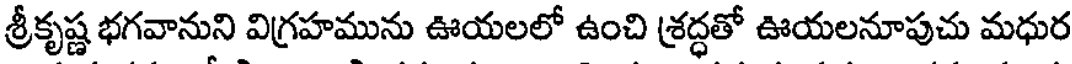
శ్రీకృష్ణ భగవానుని విగ్రహమును ఊయలలో ఉంచి శ్రద్ధతో ఊయలనూపుచు మధుర